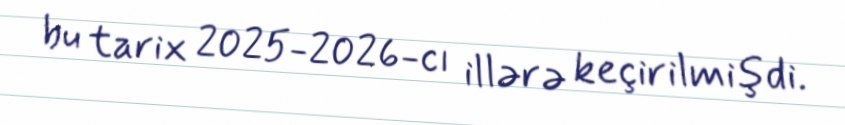
bu tarix 2025-2026-cı illərə keçirilmişdi.